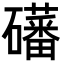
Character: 𪿾